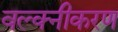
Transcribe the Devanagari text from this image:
वल्क्नीकरण